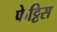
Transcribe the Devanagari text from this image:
फेट्टिस